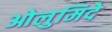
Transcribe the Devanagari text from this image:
ओलुमिदे